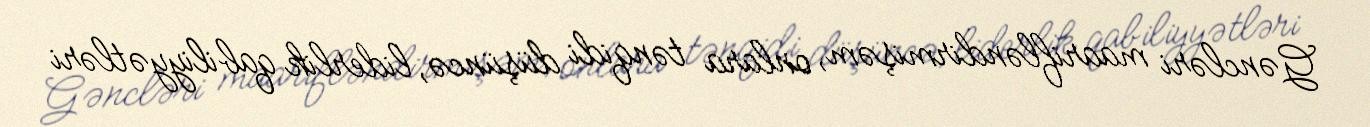
Gəncləri maarifləndirmişəm, onlara tənqidi düşüncə, liderlik qabiliyyətləri